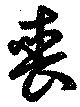
喪